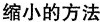
缩小的方法